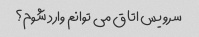
سرویس اتاق می توانم وارد شوم؟